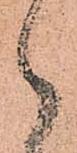
御